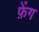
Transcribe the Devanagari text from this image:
फ़ेंग